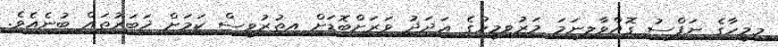
މިމީހާގެ ނަފްސު ގޮއްވާލިނަމަ މަރުވިމީހުގެ ޢަދަދު ވަރަށްބޮޑަށް އިތުރުވީސް ކަމަށް ޚަބަރުތައް ބުނެއެވެ.